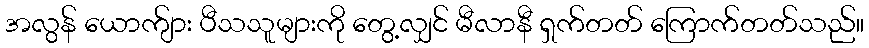
အလွန် ယောက်ျား ပီသသူများကို တွေ့လျှင် မီလာနီ ရှက်တတ် ကြောက်တတ်သည်။